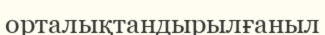
орталықтандырылғаныл